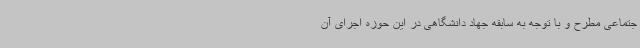
جتماعی مطرح و با توجه به سابقه جهاد دانشگاهی در این حوزه اجرای آن